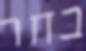
בחר